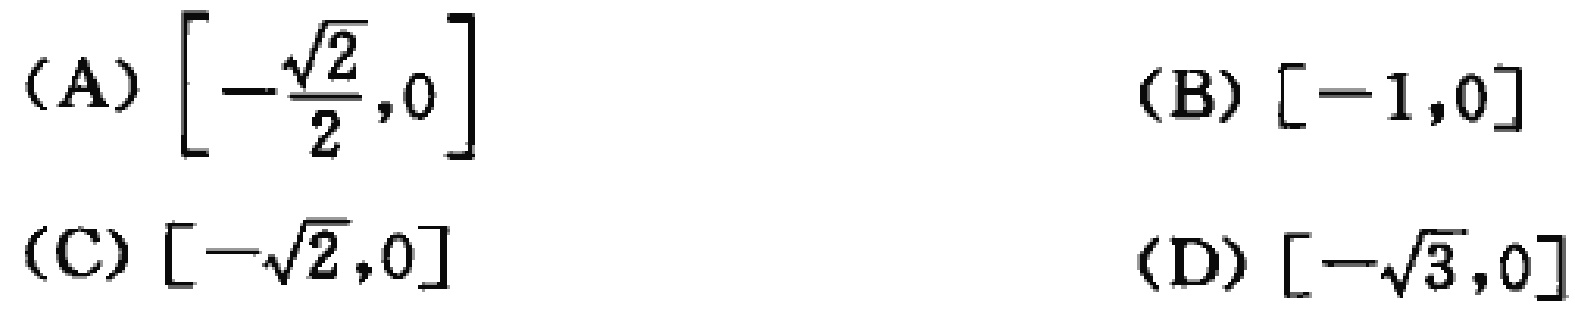
(A) $\left[-\frac{\sqrt{2}}{2},0\right]$  (B) $[-1,0]$

(C) $[-\sqrt{2},0]$  (D) $[-\sqrt{3},0]$